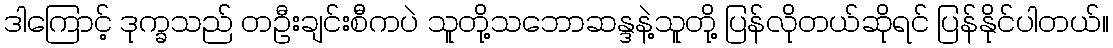
ဒါကြောင့် ဒုက္ခသည် တဦးချင်းစီကပဲ သူတို့သဘောဆန္ဒနဲ့သူတို့ ပြန်လိုတယ်ဆိုရင် ပြန်နိုင်ပါတယ်။